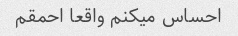
احساس میکنم واقعا احمقم